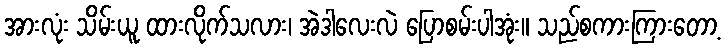
အားလုံး သိမ်းယူ ထားလိုက်သလား၊ အဲဒါလေးလဲ ပြောစမ်းပါအုံး။ သည်စကားကြားတော့